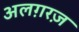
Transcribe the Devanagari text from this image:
अलग़रज़